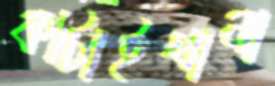
কাটাইখানা